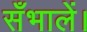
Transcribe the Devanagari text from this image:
सँभालें।